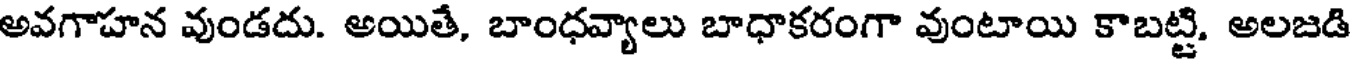
అవగాహన వుండదు. అయితే, బాంధవ్యాలు బాధాకరంగా వుంటాయి కాబట్టి. అలజడి